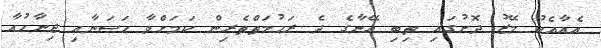
އެއާއެކު މޭޒު ދޮށުގައި ތިބި އޭނާގެ ދެ ރަޙުމަތްތެރިން ކަމަށްވާ ޙަސަނާއި ޖިނާހުއާ